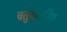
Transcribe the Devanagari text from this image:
चतुर्थमासिक